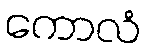
ကောလံ